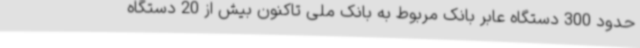
حدود 300 دستگاه عابر بانک مربوط به بانک ملی تاکنون بیش از 20 دستگاه